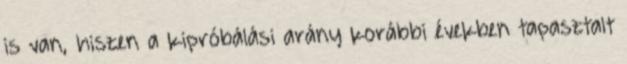
is van, hiszen a kipróbálási arány korábbi években tapasztalt